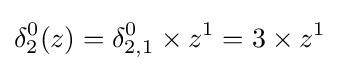
\delta _{2}^{0}(z)=\delta _{2,1}^{0}\times z^{1}=3\times z^{1}